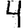
Digit: 4